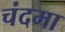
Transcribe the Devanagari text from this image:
चंदमा